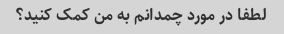
لطفا در مورد چمدانم به من کمک کنید؟